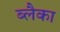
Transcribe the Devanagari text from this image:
ब्लैका